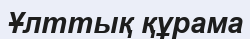
Ұлттық құрама